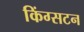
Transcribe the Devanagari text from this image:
किंग्‍सटन